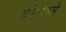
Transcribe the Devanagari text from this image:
दक्षिणेतले